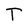
Character: T